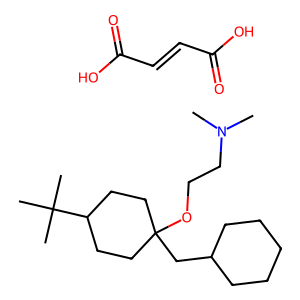
SMILES: CN(C)CCOC1(CC2CCCCC2)CCC(C(C)(C)C)CC1.O=C(O)C=CC(=O)O
Inhibits HIV replication: No